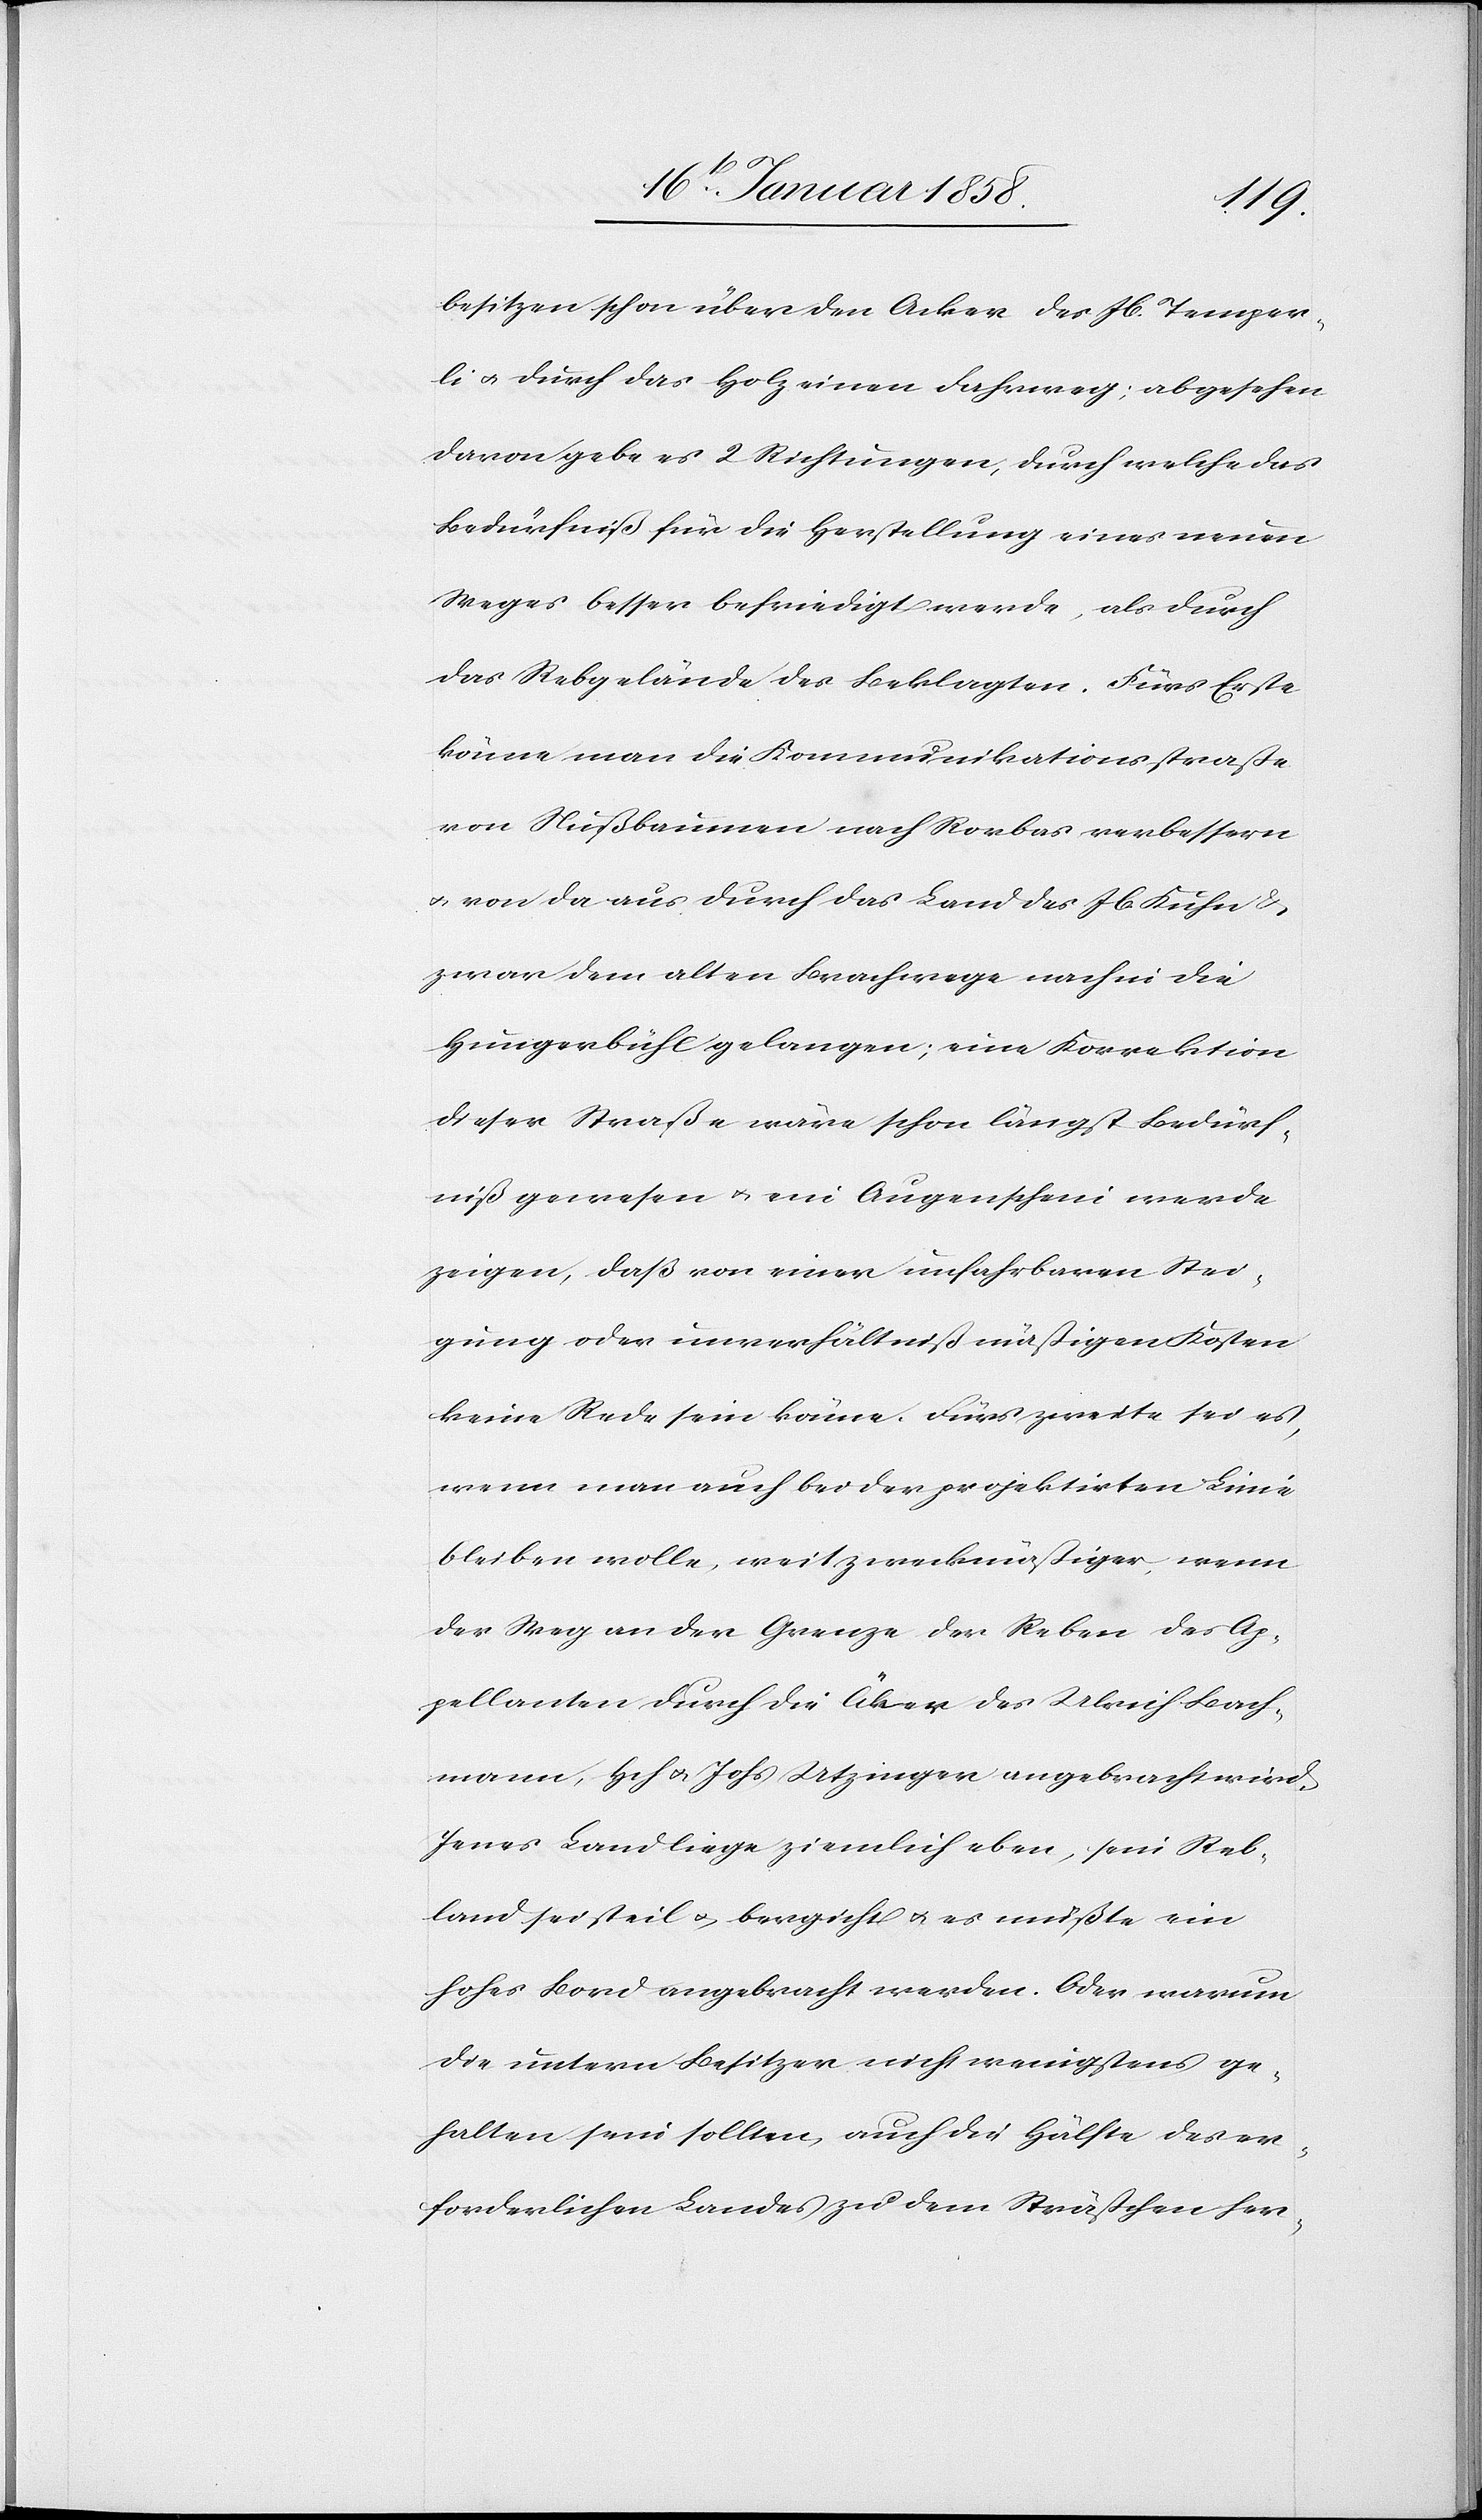
besitzen schon über den Acker des Jb. Temper¬
li u. durch das Holz einen Fahrweg; abgesehen
davon gabe es 2 Richtungen, durch welche das
Bedürfniß für die Herstellung eines neuen
Weges besser befriedigt werde, als durch
das Rebgelände des Beklagten. Fürs Erste
könne man die Kommunikationsstraße
von Nußbaumen nach Rorbas verbessern
u. von da aus durch das Land des Jb Kuhn &
zwar dem alten Brachwege nach in die
Hungerbühl gelangen; eine Korrektion
dieser Straße wäre schon längst Bedürf¬
niß gewesen u. ein Augenschein werde
zeigen, daß von einer unfahrbaren Stei¬
gung oder unverhältnißmäßigen Kosten
keine Rede sein könne. Fürs zweite sei es,
wenn man auch bei der projektirten Linie
bleiben wolle, weit zweckmäßiger, wenn
der Weg an der Grenze der Reben des Ap¬
pellanten durch die Äker des Ulrich Bach¬
mann, Hch u. Johs Utzinger angebracht wird.
Jenes Land liege ziemlich eben, sein Reb¬
land sei steil u. bergicht u. es müßte ein
hohes Bord angebracht werden. Oder warum
die untern Besitzer nicht wenigstens ge¬
halten sein sollten, auch die Hälfte des er¬
forderlichen Landes zu dem Sträßchen her-